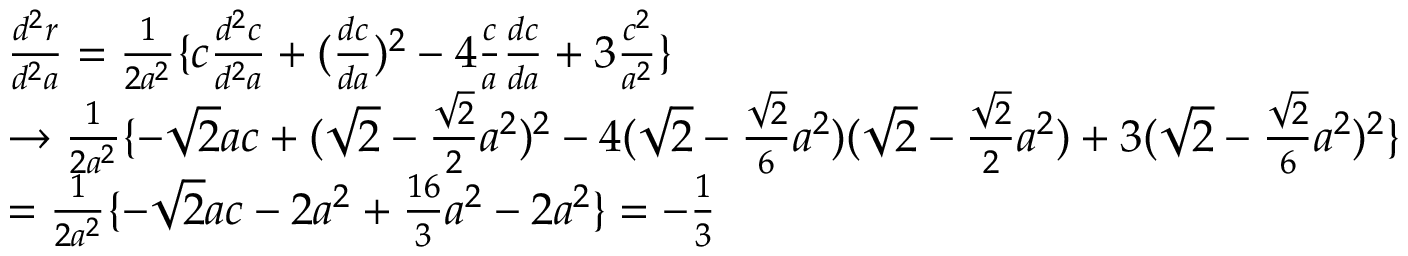
\begin{array} { r l } & { \frac { d ^ { 2 } r } { d ^ { 2 } a } = \frac { 1 } { 2 a ^ { 2 } } \lbrace c \frac { d ^ { 2 } c } { d ^ { 2 } a } + ( \frac { d c } { d a } ) ^ { 2 } - 4 \frac { c } { a } \frac { d c } { d a } + 3 \frac { c ^ { 2 } } { a ^ { 2 } } \rbrace } \\ & { \rightarrow \frac { 1 } { 2 a ^ { 2 } } \lbrace - \sqrt { 2 } a c + ( \sqrt { 2 } - \frac { \sqrt { 2 } } { 2 } a ^ { 2 } ) ^ { 2 } - 4 ( \sqrt { 2 } - \frac { \sqrt { 2 } } { 6 } a ^ { 2 } ) ( \sqrt { 2 } - \frac { \sqrt { 2 } } { 2 } a ^ { 2 } ) + 3 ( \sqrt { 2 } - \frac { \sqrt { 2 } } { 6 } a ^ { 2 } ) ^ { 2 } \rbrace } \\ & { = \frac { 1 } { 2 a ^ { 2 } } \lbrace - \sqrt { 2 } a c - 2 a ^ { 2 } + \frac { 1 6 } { 3 } a ^ { 2 } - 2 a ^ { 2 } \rbrace = - \frac { 1 } { 3 } } \end{array}